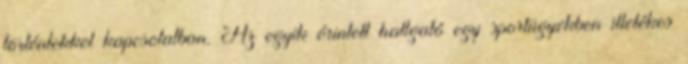
történtekkel kapcsolatban. Az egyik érintett hallgató egy sportügyekben illetékes